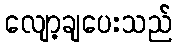
လျော့ချပေးသည်